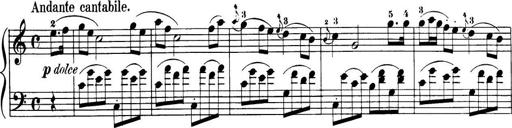
Title: 32 Sonatinas and Rondos for the Piano
Composer: Richard Kleinmichel